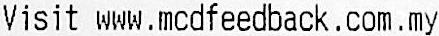
VISIT WWW.MCDFEEDBACK.COM.MY